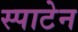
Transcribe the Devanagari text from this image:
स्पाटेन